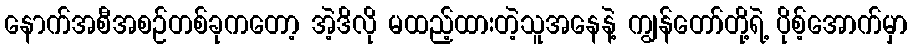
နောက်အစီအစဉ်တစ်ခုကတော့ အဲ့ဒိလို မထည့်ထားတဲ့သူအနေနဲ့ ကျွန်တော်တို့ရဲ့ ပိုစ့်အောက်မှာ